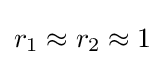
r_{1}\approx r_{2}\approx 1